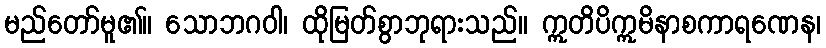
မည်တော်မူ၏။ သောဘဂဝါ၊ ထိုမြတ်စွာဘုရားသည်။ ဣတိပိဣမိနာစကာရဏေန၊